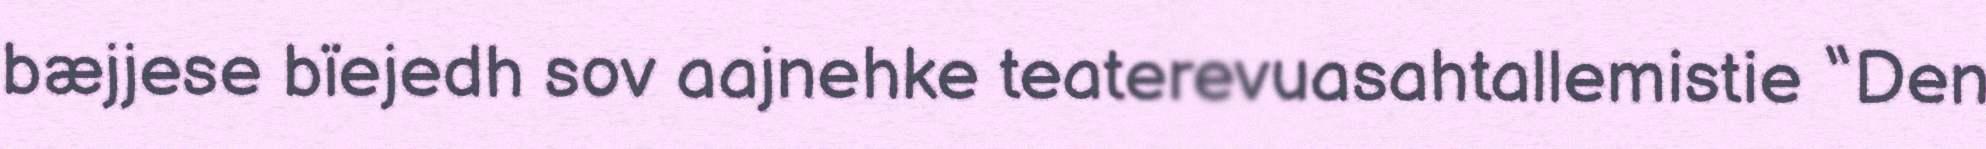
bæjjese bïejedh sov aajnehke teaterevuasahtallemistie “Den